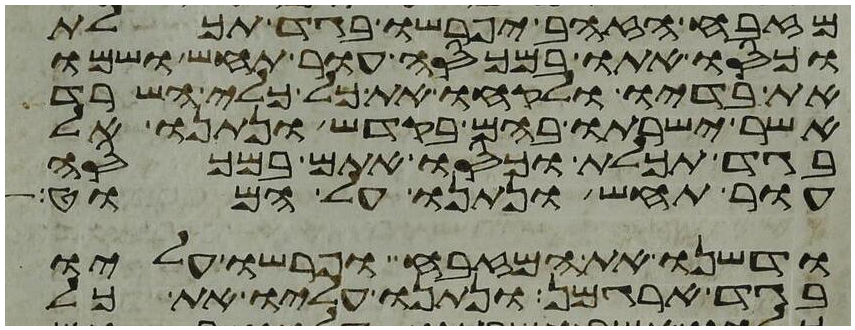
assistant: מזבח הזהב יפרשו בגד תכלת
וכסו אתו במכסה עור תחש ושמו
את בדיו ולקחו את כל כלי השרת
אשר ישרתו בהם בקדש ונתנו אל
בגד תכלת וכסו אתם במכסה
עור תחש ונתנו על המוט
ודשנו את המזבח ופרשו עליו
בגד ארגמן ונתנו עליו את כל